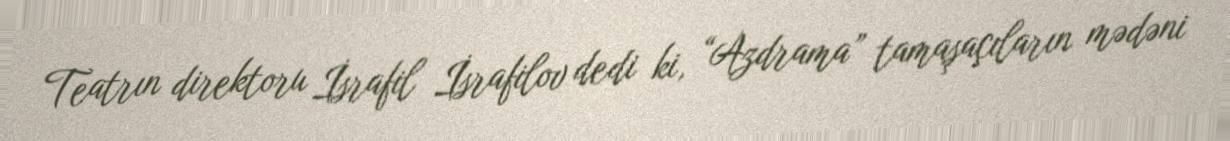
Teatrın direktoru İsrafil İsrafilov dedi ki, “Azdrama” tamaşaçıların mədəni